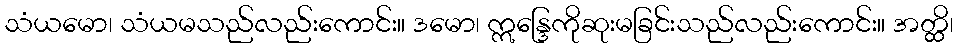
သံယမော၊ သံယမသည်လည်းကောင်း။ ဒမော၊ ဣန္ဒြေကိုဆုးမခြင်းသည်လည်းကောင်း။ အတ္ထိ၊